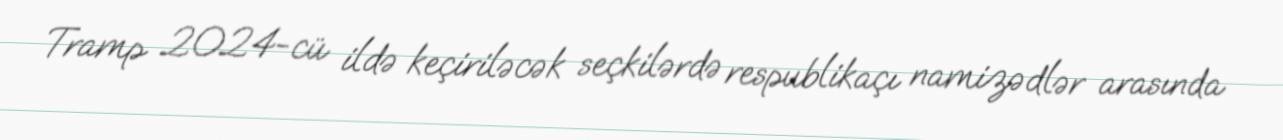
Tramp 2024-cü ildə keçiriləcək seçkilərdə respublikaçı namizədlər arasında